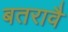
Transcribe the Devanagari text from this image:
बतरावै